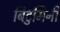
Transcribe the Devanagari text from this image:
बिटुमिनी